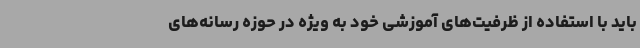
باید با استفاده از ظرفیت‌های آموزشی خود به ویژه در حوزه رسانه‌های